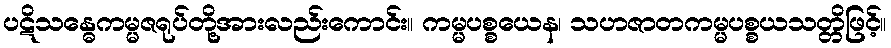
ပဋိသန္ဓေကမ္မဇရုပ်တို့အားလည်းကောင်း။ ကမ္မပစ္စယေန၊ သဟဇာတကမ္မပစ္စယသတ္တိဖြင့်။